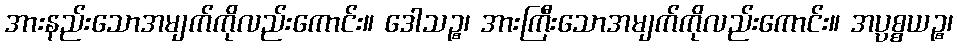
အားနည်းသောအမျက်ကိုလည်းကောင်း။ ဒေါသဉ္စ၊ အားကြီးသောအမျက်ကိုလည်းကောင်း။ အပ္ပစ္စယဉ္စ၊